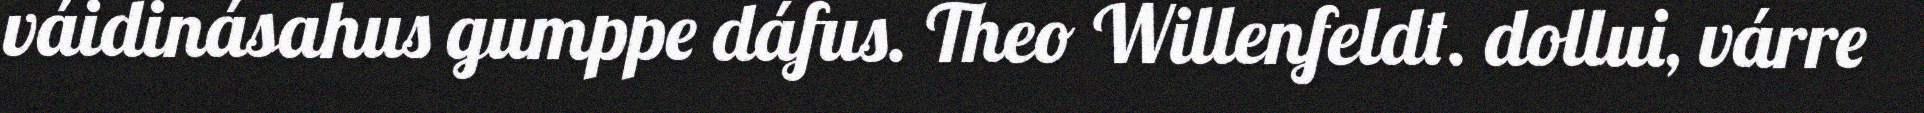
váidinásahus gumppe dáfus. Theo Willenfeldt. dollui, várre